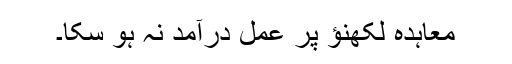
معاہدہ لکھنؤ پر عمل درآمد نہ ہو سکا۔